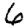
Digit: 6